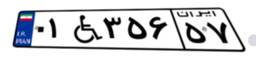
۰۱W۳۵۶۵۷